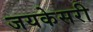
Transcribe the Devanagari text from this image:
जयकेसरी